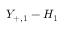
Y _ { + , 1 } - H _ { 1 }